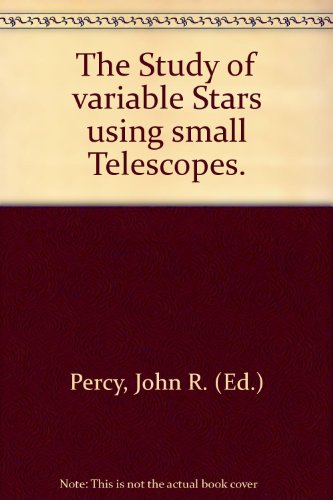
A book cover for The Study of Variable Stars Using Small Telescopes; Science & Math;